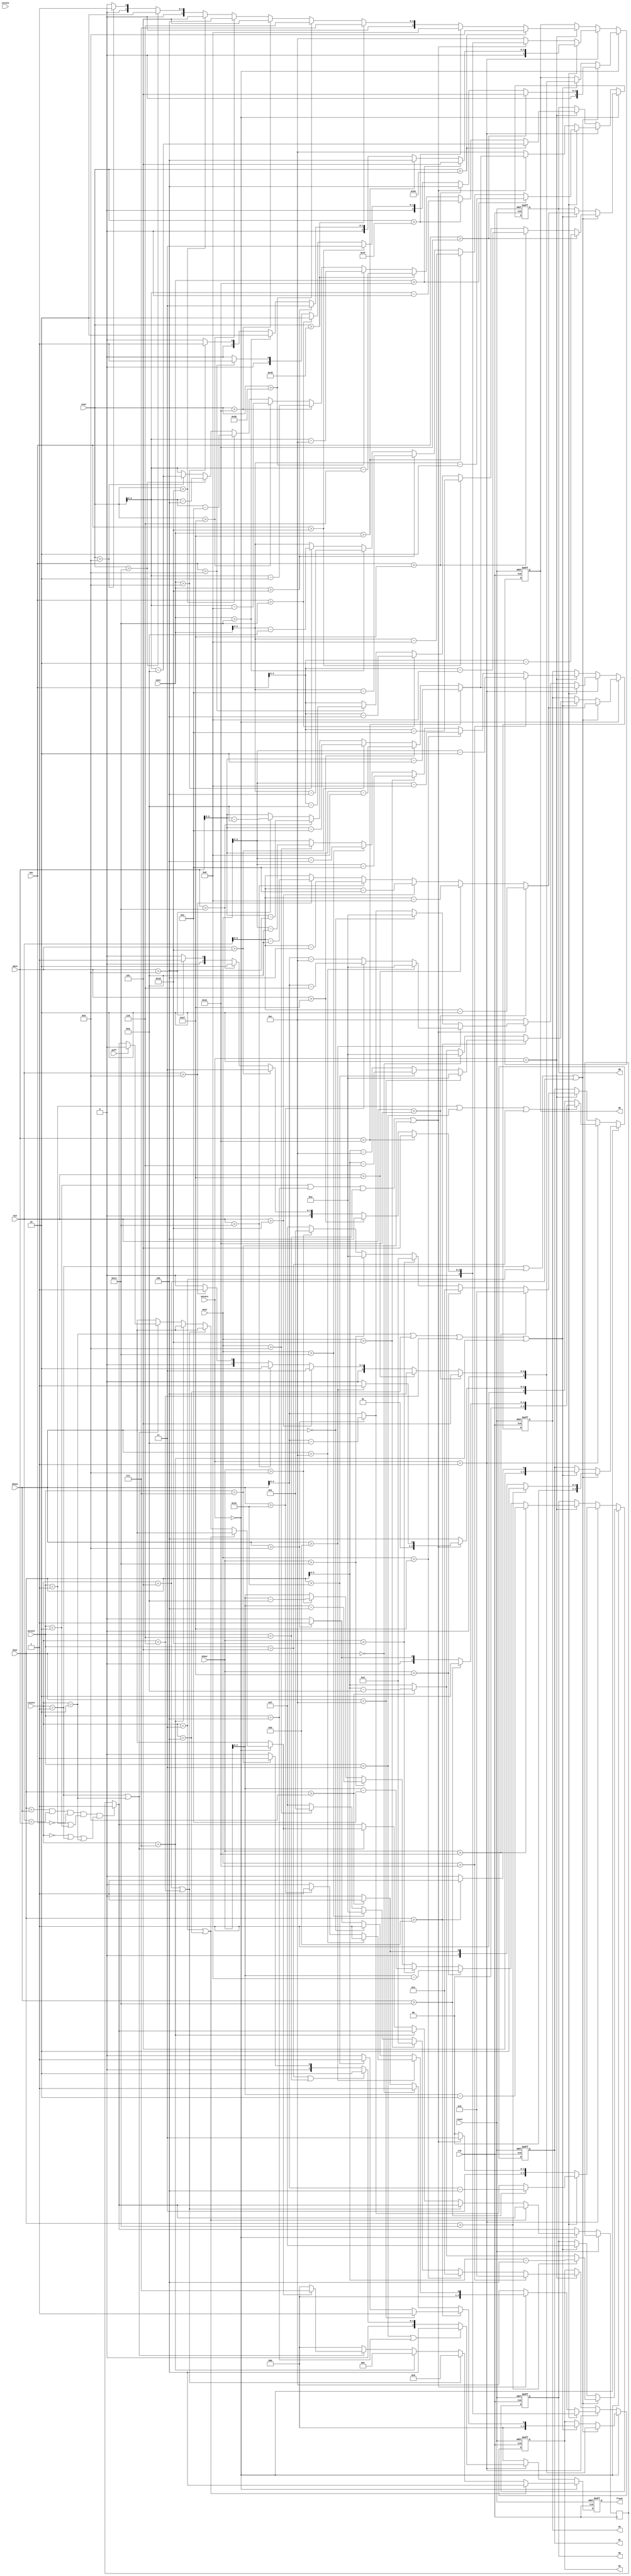
`timescale 1ns / 1ps

module OutputLogic(
	input clk,
	input reset,
	input aoff,
	input [5:0] hour, min, sec, ahour, amin, asec ,shour, smin,
	input [6:0] ssec,
	input [1:0] mstate,
	input [2:0] cstate,
	input [2:0] astate,
	input sstate,
	output reg[3:0] d1, d2, d3, d4, d5, d6,
	output reg [2:0] flash
    );

reg ring=0;

always @(posedge clk or posedge reset)
begin
	if(reset)
	begin
	flash=3'b000;
	d1<=4'd0;
	d2<=4'd0;
	d3<=4'd0;
	d4<=4'd0;
	d5<=4'd0;
	d6<=4'd0;
	end
	else
	begin
	flash=3'b000;
	if(hour==ahour && min==amin && sec==6'd0 && (astate==3'b001 || astate==3'b010) && (cstate==3'b000||cstate==3'b001 || cstate==3'b010)) ring=1;
	if(mstate==2'b00)
	begin
		if(cstate==3'b011 || cstate==3'b100) flash=3'b100;
		else if(cstate==3'b101 || cstate==3'b110) flash=3'b010;
		else if(cstate==3'b111) flash=3'b001;
		else if(cstate==3'b001 || cstate==3'b010)
		begin
			if(aoff) ring=0;
			if(ring) flash=3'b111;
			else flash=3'b000;
		end
		if(cstate==3'b001 || cstate==3'b011 || cstate==3'b101)
		begin
			if(hour>6'd19)
			begin
				d1<=4'd2;
				d2<=hour-20;
			end
			else if(hour>6'd9)
			begin
				d1<=4'd1;
				d2<=hour-10;
			end
			else
			begin
				d1<=4'd0;
				d2<=hour;
			end
			if(min>6'd49)
			begin
				d3<=4'd5;
				d4<=min-50;
			end
			else if(min>6'd39)
			begin
				d3<=4'd4;
				d4<=min-40;
			end
			else if(min>6'd29)
			begin
				d3<=4'd3;
				d4<=min-30;
			end
			else if(min>6'd19)
			begin
				d3<=4'd2;
				d4<=min-20;
			end
			else if(min>6'd9)
			begin
				d3<=4'd1;
				d4<=min-10;
			end
			else
			begin
				d3<=4'd0;
				d4<=min;
			end
			if(sec>6'd49)
			begin
				d5<=4'd5;
				d6<=sec-50;
			end
			else if(sec>6'd39)
			begin
				d5<=4'd4;
				d6<=sec-40;
			end
			else if(sec>6'd29)
			begin
				d5<=4'd3;
				d6<=sec-30;
			end
			else if(sec>6'd19)
			begin
				d5<=4'd2;
				d6<=sec-20;
			end
			else if(sec>6'd9)
			begin
				d5<=4'd1;
				d6<=sec-10;
			end
			else
			begin
				d5<=4'd0;
				d6<=sec;
			end
		end
		else if(cstate==3'b010 || cstate==3'b100 || cstate==3'b110 || cstate==3'b111)
		begin
			d2<=4'd15;
			if(hour>6'd11)//PM
			begin
				d1<=4'd11;
				if(hour==6'd12)
				begin
					d3<=4'd1;
					d4<=4'd2;
				end
				else if(hour>6'd21)
				begin
					d3<=4'd1;
					d4<=hour-22;
				end
				else
				begin
					d3<=4'd0;
					d4<=hour-12;
				end
			end
			else //AM
			begin
				d1<=4'd10;
				if(hour==6'd0)
				begin
					d3<=4'd1;
					d4<=4'd2;
				end
				else if(hour>6'd9)
				begin
					d3<=4'd1;
					d4<=hour-10;
				end
				else
				begin
					d3<=4'd0;
					d4<=hour;
				end
			end
			if(min>6'd49)
			begin
				d5<=4'd5;
				d6<=min-50;
			end
			else if(min>6'd39)
			begin
				d5<=4'd4;
				d6<=min-40;
			end
			else if(min>6'd29)
			begin
				d5<=4'd3;
				d6<=min-30;
			end
			else if(min>6'd19)
			begin
				d5<=4'd2;
				d6<=min-20;
			end
			else if(min>6'd9)
			begin
				d5<=4'd1;
				d6<=min-10;
			end
			else
			begin
				d5<=4'd0;
				d6<=min;
			end
		end
	end
	
	else if(mstate==2'b01)
	begin
		if(astate==3'b011 || astate==3'b100) flash=3'b100;
		else if(astate==3'b101 || astate==3'b110) flash=3'b010;
		else if(astate==3'b111) flash=3'b001;
		if(astate==3'b001 || astate==3'b011 || astate==3'b101)
		begin
			if(ahour>6'd19)
			begin
				d1<=4'd2;
				d2<=ahour-20;
			end
			else if(ahour>6'd9)
			begin
				d1<=4'd1;
				d2<=ahour-10;
			end
			else
			begin
				d1<=4'd0;
				d2<=ahour;
			end
			if(amin>6'd49)
			begin
				d3<=4'd5;
				d4<=amin-50;
			end
			else if(amin>6'd39)
			begin
				d3<=4'd4;
				d4<=amin-40;
			end
			else if(amin>6'd29)
			begin
				d3<=4'd3;
				d4<=amin-30;
			end
			else if(amin>6'd19)
			begin
				d3<=4'd2;
				d4<=amin-20;
			end
			else if(amin>6'd9)
			begin
				d3<=4'd1;
				d4<=amin-10;
			end
			else
			begin
				d3<=4'd0;
				d4<=amin;
			end
			if(asec>6'd49)
			begin
				d5<=4'd5;
				d6<=asec-50;
			end
			else if(asec>6'd39)
			begin
				d5<=4'd4;
				d6<=asec-40;
			end
			else if(asec>6'd29)
			begin
				d5<=4'd3;
				d6<=asec-30;
			end
			else if(asec>6'd19)
			begin
				d5<=4'd2;
				d6<=asec-20;
			end
			else if(asec>6'd9)
			begin
				d5<=4'd1;
				d6<=asec-10;
			end
			else
			begin
				d5<=4'd0;
				d6<=asec;
			end
		end
		else if(astate==3'b010 || astate==3'b100 || astate==3'b110 || astate==3'b111)
		begin
			d2<=4'd15;
			if(ahour>6'd11)
			begin
				d1<=4'd11;
				if(ahour==6'd12)
				begin
					d3<=4'd1;
					d4<=4'd2;
				end
				else if(ahour>6'd21)
				begin
					d3<=4'd1;
					d4<=ahour-22;
				end
				else
				begin
					d3<=4'd0;
					d4<=ahour-12;
				end
			end
			else 
			begin
				d1<=4'd10;
				if(ahour==6'd0)
				begin
					d3<=4'd1;
					d4<=4'd2;
				end
				else if(ahour>6'd9)
				begin
					d3<=4'd1;
					d4<=ahour-10;
				end
				else
				begin
					d3<=4'd0;
					d4<=ahour;
				end
			end
			if(amin>6'd49)
			begin
				d5<=4'd5;
				d6<=amin-50;
			end
			else if(amin>6'd39)
			begin
				d5<=4'd4;
				d6<=amin-40;
			end
			else if(amin>6'd29)
			begin
				d5<=4'd3;
				d6<=amin-30;
			end
			else if(amin>6'd19)
			begin
				d5<=4'd2;
				d6<=amin-20;
			end
			else if(amin>6'd9)
			begin
				d5<=4'd1;
				d6<=amin-10;
			end
			else
			begin
				d5<=4'd0;
				d6<=amin;
			end
		end
		else
		begin
			d1<=4'd12;
			d2<=4'd12;
			d3<=4'd12;
			d4<=4'd12;
			d5<=4'd12;
			d6<=4'd12;
		end
	end

	else if(mstate==2'b10)
	begin
		if(shour>6'd49)
		begin
			d1<=4'd5;
			d2<=shour-50;
		end
		else if(shour>6'd39)
		begin
			d1<=4'd4;
			d2<=shour-40;
		end
		else if(shour>6'd29)
		begin
			d1<=4'd3;
			d2<=shour-30;
		end
		else if(shour>6'd19)
		begin
			d1<=4'd2;
			d2<=shour-20;
		end
		else if(shour>6'd9)
		begin
			d1<=4'd1;
			d2<=shour-10;
		end
		else
		begin
			d1<=4'd15;
			d2<=shour;
		end
		if(smin>6'd49)
		begin
			d3<=4'd5;
			d4<=smin-50;
		end
		else if(smin>6'd39)
		begin
			d3<=4'd4;
			d4<=smin-40;
		end
		else if(smin>6'd29)
		begin
			d3<=4'd3;
			d4<=smin-30;
		end
		else if(smin>6'd19)
		begin
			d3<=4'd2;
			d4<=smin-20;
		end
		else if(smin>6'd9)
		begin
			d3<=4'd1;
			d4<=smin-10;
		end
		else
		begin
			d3<=4'd15;
			d4<=smin;
		end
		if(ssec>7'd89)
		begin
			d5<=4'd9;
			d6<=ssec-90;
		end
		else if(ssec>7'd79)
		begin
			d5<=4'd8;
			d6<=ssec-80;
		end
		else if(ssec>7'd69)
		begin
			d5<=4'd7;
			d6<=ssec-70;
		end
		else if(ssec>7'd59)
		begin
			d5<=4'd6;
			d6<=ssec-60;
		end
		else if(ssec>7'd49)
		begin
			d5<=4'd5;
			d6<=ssec-50;
		end
		else if(ssec>7'd39)
		begin
			d5<=4'd4;
			d6<=ssec-40;
		end
		else if(ssec>7'd29)
		begin
			d5<=4'd5;
			d6<=ssec-30;
		end
		else if(ssec>7'd19)
		begin
			d5<=4'd2;
			d6<=ssec-20;
		end
		else if(ssec>7'd9)
		begin
			d5<=4'd1;
			d6<=ssec-10;
		end
		else
		begin
			d5<=4'd0;
			d6<=ssec;
		end
	end
	end
end

endmodule